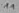
Text: 11